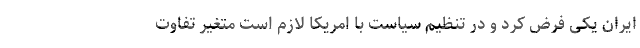
ایران یکی فرض کرد و در تنظیم سیاست با امریکا لازم است متغیر تفاوت